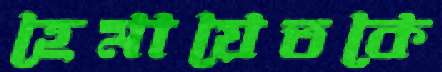
হেমায়েতকে